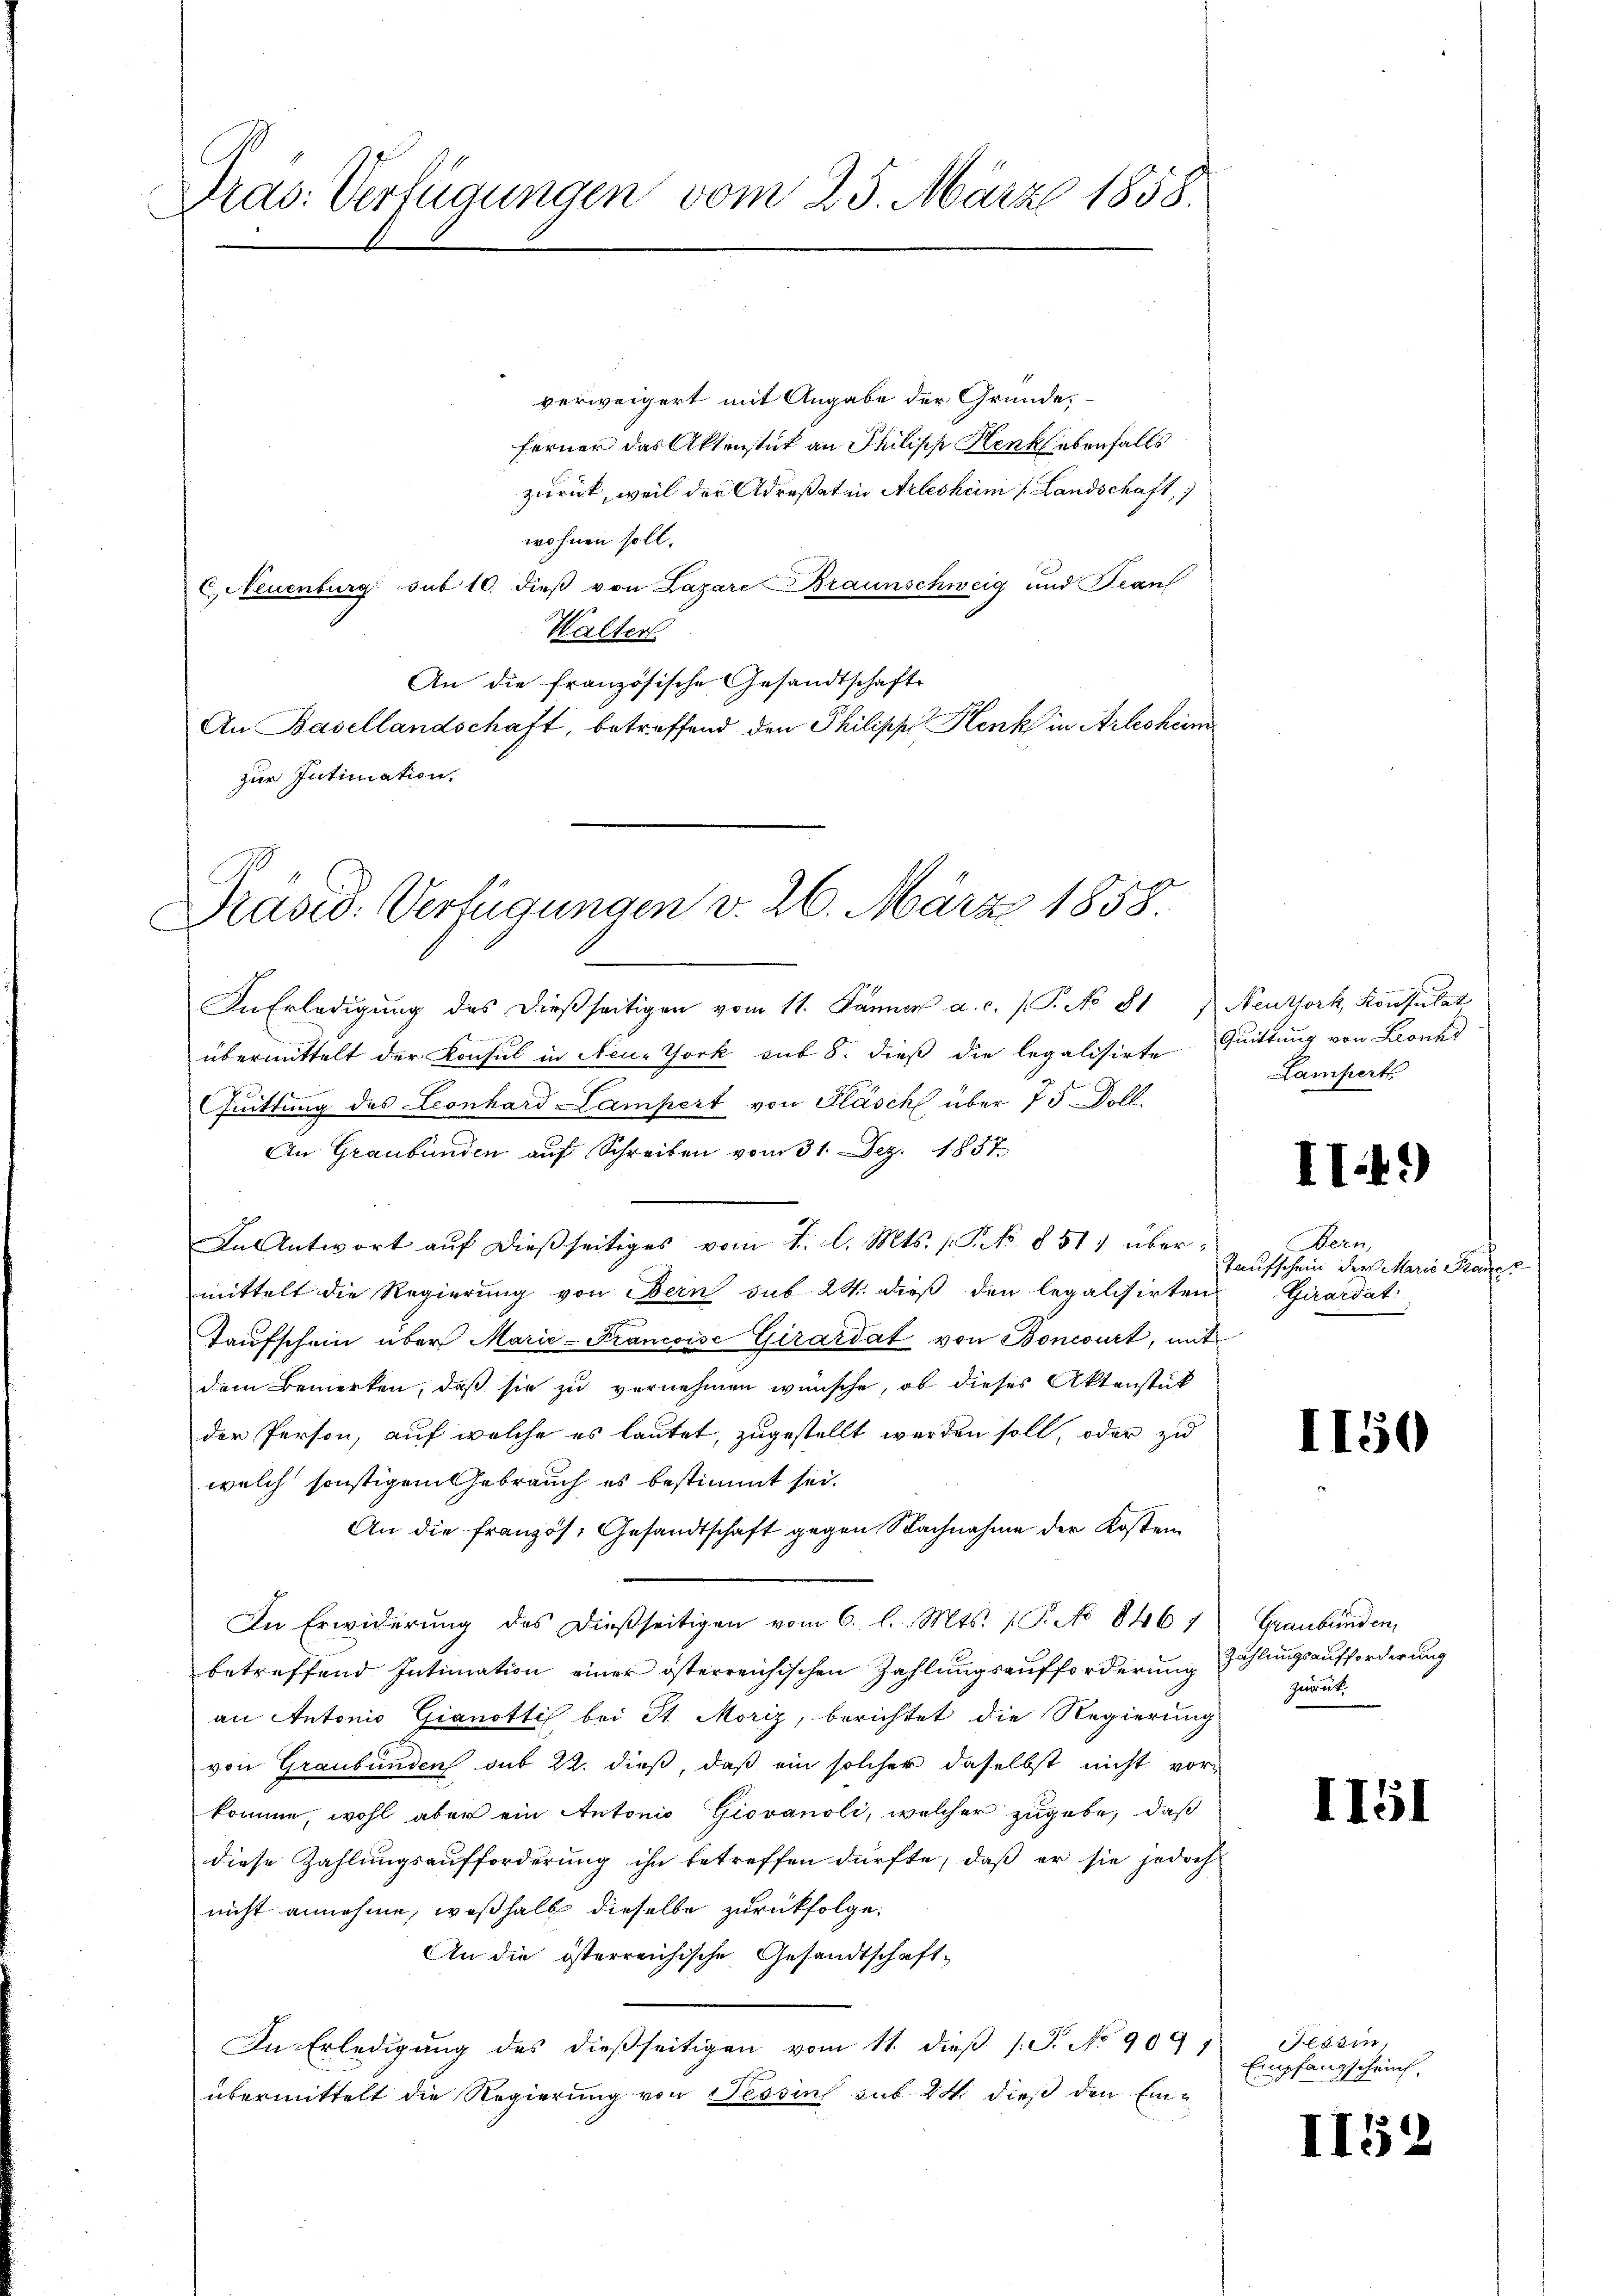
Dras: Verfügungen vom 25. März 1858.

verweigert mit Angabe der Gründe,
ferner das Aktenstück an Philipp Henk ebenfalls
zurück, weil der Adresat in Arlesheim Landschaft,
wohnen soll.
C, Neuenburg sub 10. dieß von Lazare Braunschweig und Beant
Walter
An die französische Gesandtschafte
An Basellandschaft, betreffend den Philipp Henk in Arlesheim
zur Intimation.

Präsid. Verfügungen v. 26. März 1858.

In Erledigung des dießseitigen vom 11. Jänner a. c. s. P. No 81) Neuthort Konsulat

übermittelt der Konsul in Neu-York sub 8. dieß die legalisirte Quittung von Leonh
Cuittung des Leonhard Lampert von Fläsch über 75 Doll.
An Graubünden auf Schreiben vom 31. Dez. 1857.
In Antwort auf dießseitiges vom 1. l. Mts. (T. No. 851, übermittelt die Regierung von Bern sub 24. dieß den legalisirten
Taŭfschein über Marie-Francoise Girardat von Boncourt, mit
dem Bemerken, daß sie zu vernehmen wünsche, ob dieses Aktenstück
der Person, auf welche es lautet, zugestellt werden soll, oder zu
welch sonstigem Gebrauch es bestimmt sei.
An die französ. Gesandtschaft gegen Nachnahme der Kosten
In Erwiderung des dießseitigen vom 6. l. Mts. (T. No 8467
betreffend Intimation einer österreichischen Zahlungsaufforderung zählungsaufforderung
an Antonio Gianottis bei St. Moriz, berichtet die Regierung
von Graubünden sub 22. dieß, daß ein solcher daselbst nicht vor-
komme, wohl aber ein Autonio Giovanoli, welcher zugebe, daß
diese Zahlungsaufforderung ihn betreffen dürfte, daß er sie jedoch
nicht annehme, weßhalb dieselbe zurückfolge.
An die österreichische Gesandtschaft,
In Erledigung des dießseitigen vom 11. dieß (T. No 909/
übermittelt die Regierung von Tessin sub. 24. dieß den Ein¬

Lampert

IT.49)

Bern,
Taufschein der Marie Fraue
Girardat:

I150

Graubünden,
Zurat

Kasin,
Empfangscheinf

II51

54